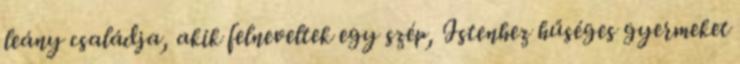
leány családja, akik felneveltek egy szép, Istenhez hűséges gyermeket